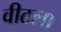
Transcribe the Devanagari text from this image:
वीठला